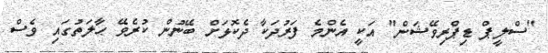
"ސްލީޕް ޑިޕްރިވޭޝަން" އަކީ އެންމެ ފަރުދަކާ ދެކޮޅަށް ބޭނުން ކުރެވޭ ޙާލަތުގައި ވެސް